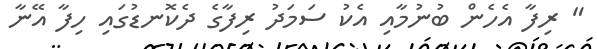
" ރިފާ އެހެން ބުނުމާއި އެކު ސަމަދު ރިފާގެ ދެކޮނޑުގައި ހިފާ އޭނާ